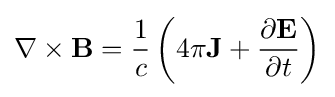
\mathbf {\nabla } \times \mathbf {B} ={\frac {1}{c}}\left(4\pi \mathbf {J} +{\frac {\partial \mathbf {E} }{\partial t}}\right)